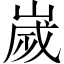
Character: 嵗